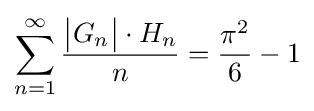
\sum _{n=1}^{\infty }{\frac {{\big |}G_{n}{\big |}\cdot H_{n}}{n}}={\frac {\pi ^{2}}{6}}-1